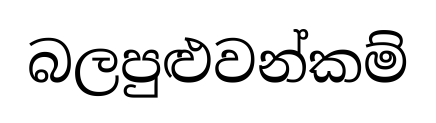
බලපුළුවන්කම්